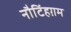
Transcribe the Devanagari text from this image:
नौटिंहग़म